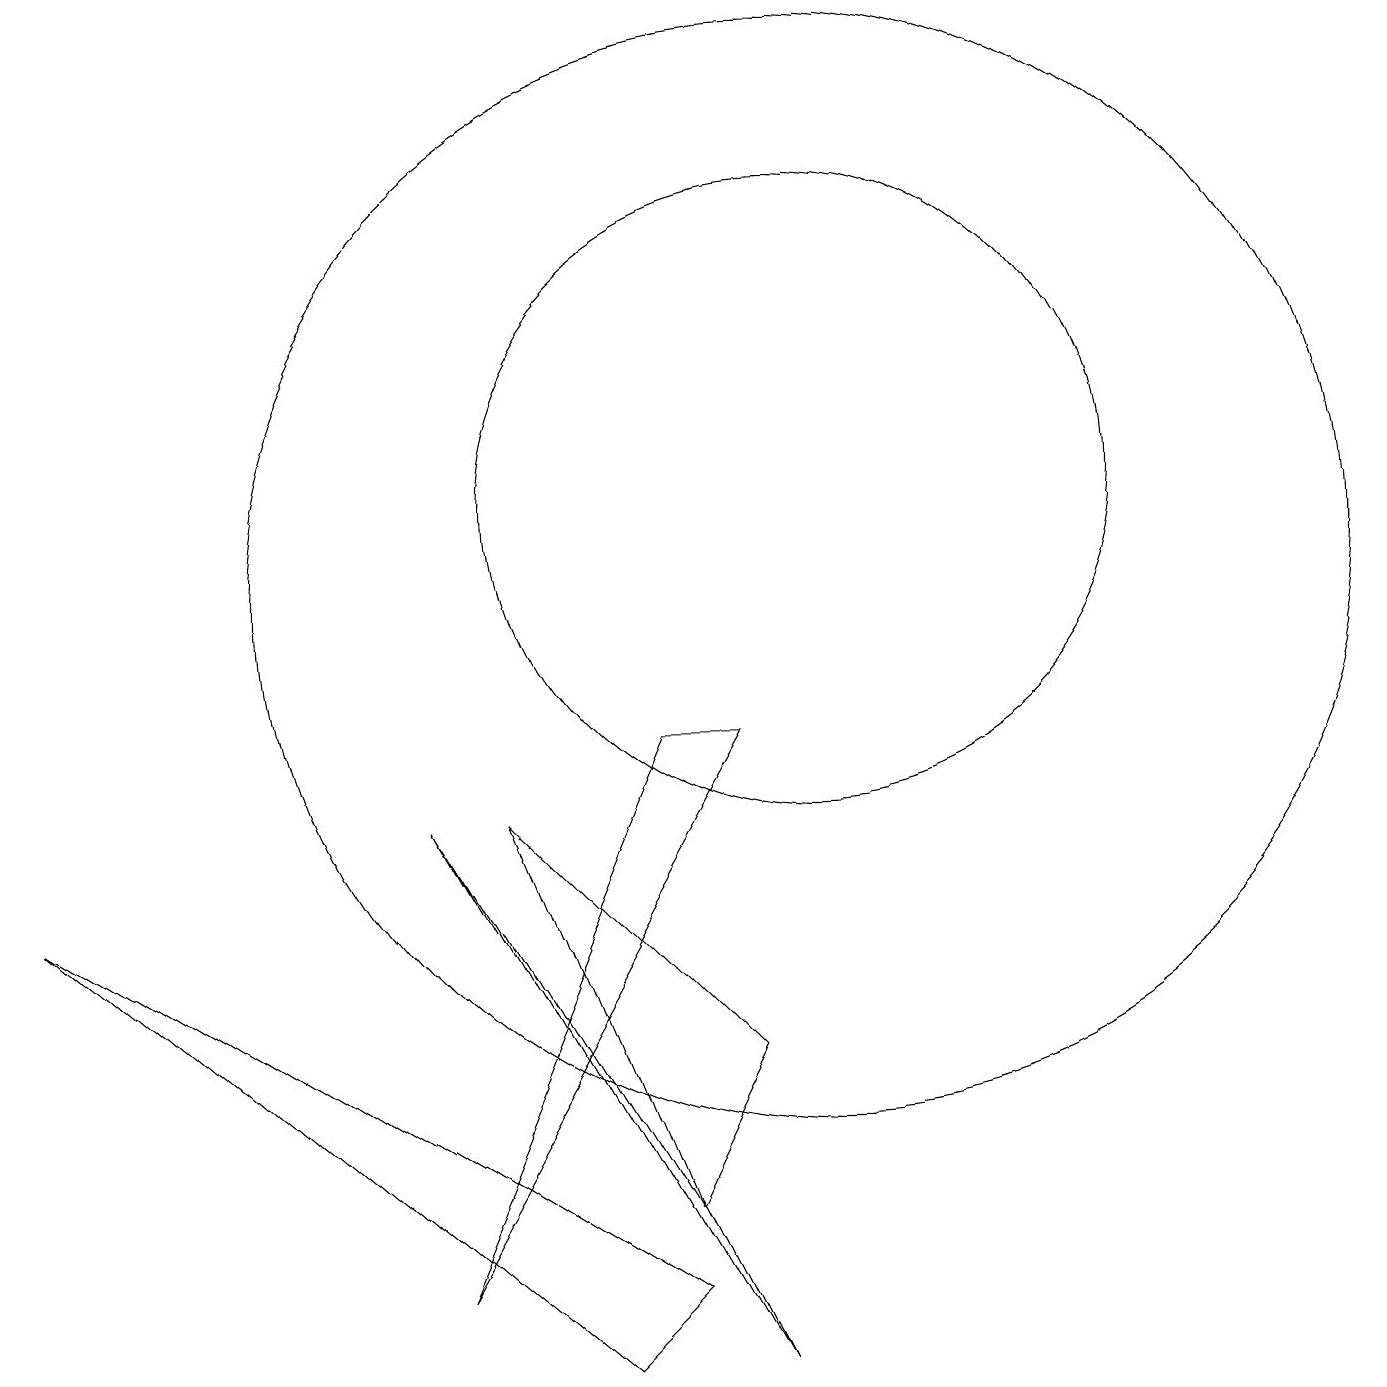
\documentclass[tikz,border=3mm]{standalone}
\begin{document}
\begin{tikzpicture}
\draw (5,7) -- (9,0) -- (8,2) -- cycle;
\draw (7,0) -- (0,6) -- (8,1) -- cycle;
\draw (10,11) circle (4);
\draw (5,1) -- (8,8) -- (9,8) -- cycle;
\draw (9,4) -- (6,7) -- (8,2) -- cycle;
\draw (10,10) circle (7);
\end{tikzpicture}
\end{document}